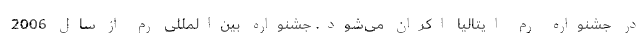
در جشنواره رم ایتالیا اکران می‌شود. جشنواره بین‌المللی رم از سال 2006